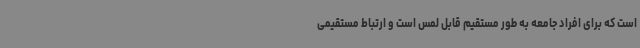
است که برای افراد جامعه به طور مستقیم قابل لمس است و ارتباط مستقیمی